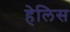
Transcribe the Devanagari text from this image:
हेलिस